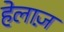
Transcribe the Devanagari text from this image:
हेलाज़